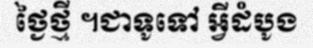
ថ្ងៃថ្មី ។ជាទូទៅ អ្វីដំបូង